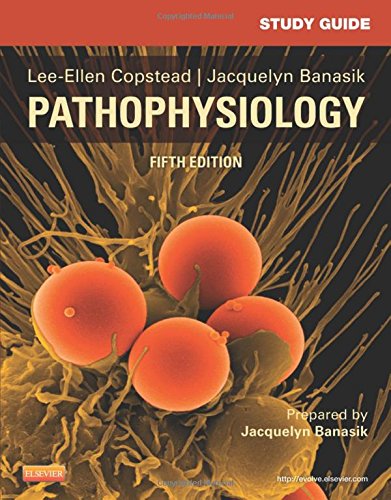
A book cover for Study Guide for Pathophysiology, 5e; Lee-Ellen C. Copstead-Kirkhorn PhD  RN; Medical Books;